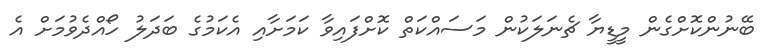
ބޭނުންކޮށްގެން މީޑީޔާ ޗެނަލަކުން މަސައްކަތް ކޮށްފައިވާ ކަމަށާއި އެކަމުގެ ބަދަލު ހޯއްދެވުމަށް އެ